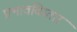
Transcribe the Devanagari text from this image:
प्रभावविस्तार